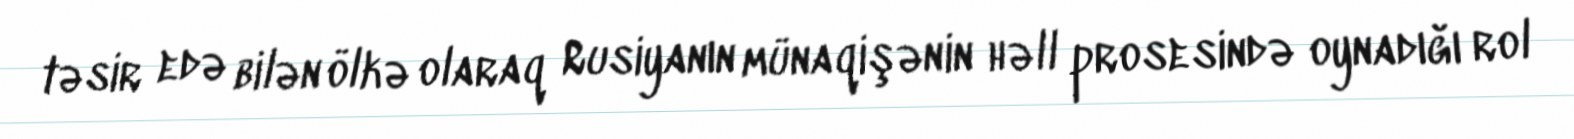
təsir edə bilən ölkə olaraq Rusiyanın münaqişənin həll prosesində oynadığı rol